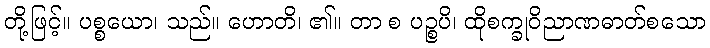
တို့ဖြင့်။ ပစ္စယော၊ သည်။ ဟောတိ၊ ၏။ တာ စ ပဉ္စပိ၊ ထိုစက္ခုဝိညာဏဓာတ်စသော